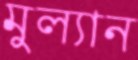
মুল্যান